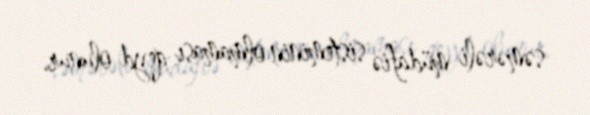
səmərəli müdafiə sisteminin olmaması qeyd olunur.